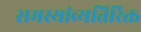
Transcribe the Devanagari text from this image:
समस्यांव्यतिरिक्त